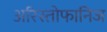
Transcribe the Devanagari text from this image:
अरिस्तोफानिज